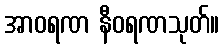
အာဝရဏ နီဝရဏသုတ်။